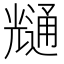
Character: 𭀶